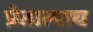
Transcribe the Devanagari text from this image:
प्रेतात्माच